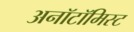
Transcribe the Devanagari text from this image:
अनॉटॉमिस्ट